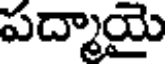
పద్మాయై